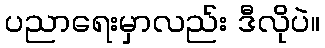
ပညာရေးမှာလည်း ဒီလိုပဲ။